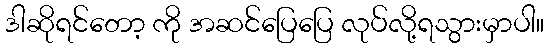
ဒါဆိုရင်တော့ ကို အဆင်ပြေပြေ လုပ်လို့ရသွားမှာပါ။